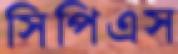
সিপিএস